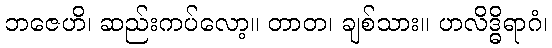
ဘဇေဟိ၊ ဆည်းကပ်လော့။ တာတ၊ ချစ်သား။ ဟလိဒ္ဓိရာဂံ၊